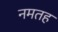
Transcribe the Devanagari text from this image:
नमतह